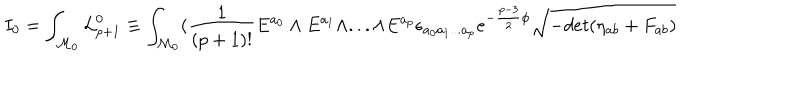
I _ { 0 } = \int _ { { \cal M } _ { 0 } } { \cal L } _ { p + 1 } ^ { 0 } \equiv \int _ { { \cal M } _ { 0 } } ( { \frac { 1 } { ( p + 1 ) ! } } E ^ { a _ { 0 } } \wedge E ^ { a _ { 1 } } \wedge . . . \wedge E ^ { a _ { p } } \epsilon _ { a _ { 0 } a _ { 1 } . . . a _ { p } } e ^ { - { \frac { p - 3 } { 2 } } \phi } \sqrt { - d e t ( \eta _ { a b } + F _ { a b } ) }